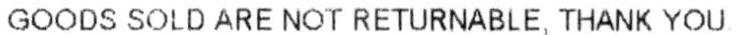
GOODS SOLD ARE NOT RETURNABLE, THANK YOU.